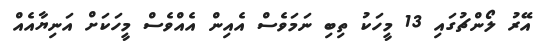
އޭރު ލޯންޗުގައި 13 މީހަކު ތިބި ނަމަވެސް އެއިން އެއްވެސް މީހަކަށް އަނިޔާއެއް